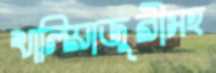
খালিয়াজুরীসহ